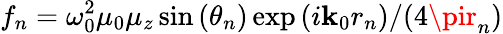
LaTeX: f_{n}={\omega_{0}^{2}\mu_{0}\mu_{z}\sin{(\theta_{n})}\exp{(i\mathbf{k}_{0}r_{n})}}/{(4\pir_{n})}